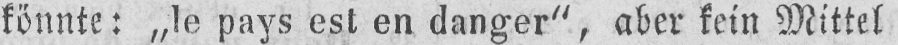
könnte: „le pays est en danger“, aber kein Mittel